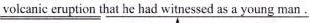
\underline{volcanic eruption} \underline{ that he had witnessed as a young man}。